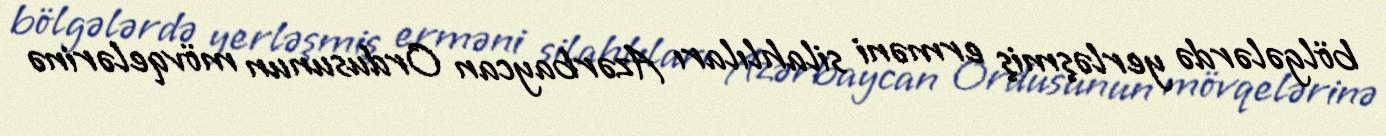
bölgələrdə yerləşmiş erməni silahlıları Azərbaycan Ordusunun mövqelərinə